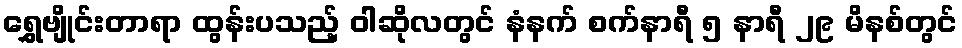
ရွှေဗျိုင်းတာရာ ထွန်းပသည့် ဝါဆိုလတွင် နံနက် စက်နာရီ ၅ နာရီ ၂၉ မိနစ်တွင်